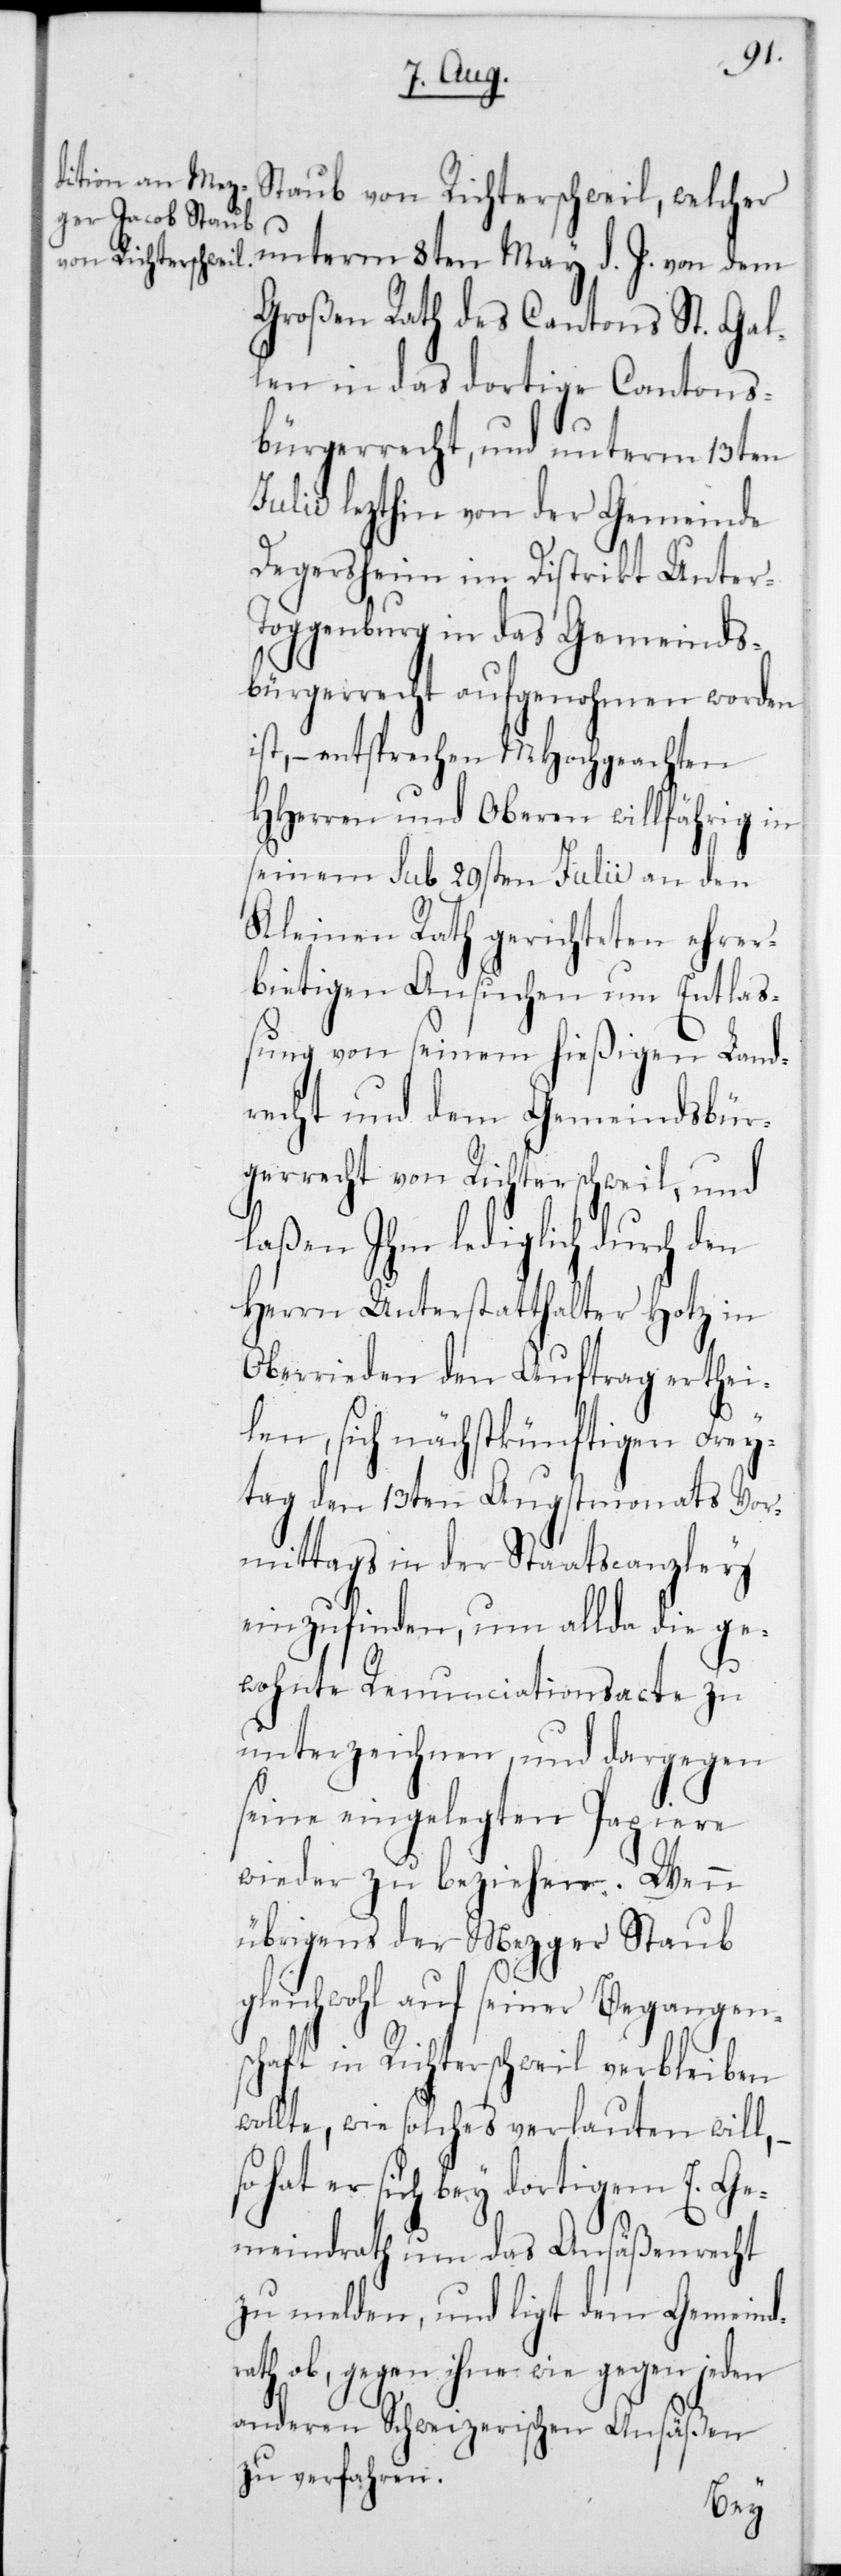
Staub von Richterschweil, welcher
unterm 8ten May d. J. von dem
Großen Rath des Cantons St. Gal¬
len in das dortige Cantons¬
bürgerrecht, und unterm 13ten
Julii lezthin von der Gemeinde
Degersheim im Distrikt Unter-T¬
oggenburg in das Gemeinds¬
bürgerrecht aufgenohmen worden
ist, – entsprechen MHochgeachten
HHerren und Oberen willfährig in
seinem sub 29sten Julii an den
Kleinen Rath gerichteten ehrer¬
bietigen Ansuchen um Entlaß¬
ung von seinem hießigen Land¬
recht und dem Gemeindsbür¬
gerrecht von Richterschweil, und
laßen Ihm lediglich durch den
Herrn Unterstatthalter Hotz
Oberrieden den Auftrag erthei¬
len, sich nächstkünftigen Frey¬
tag den 13ten Augstmonats Vor¬
mittags in der Staatscanzley
einzufinden, um allda die ge¬
wohnte Renunciationsacte zu
unterzeichnen, und dargegen
seine eingelegten Papiere
wieder zu beziehen. Wenn
übrigens der Mezger Staub
gleichwohl auf seiner Begangen¬
schaft in Richterschweil verbleiben
wollte, wie solches verlauten will, –
hat er sich bey dortigem E. Ge¬
meindrath um das Ansäßenrecht
zu melden, und liegt dem Gemeind¬
rath ob, gegen ihne wie gegen jeden
anderen Schweizerischen Ansäßen
zu verfahren.